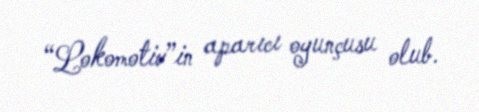
“Lokomotiv”in aparıcı oyunçusu olub.